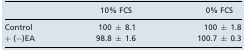
<table><thead><tr><td></td><td><b>10% FCS</b></td><td><b>0% FCS</b></td></tr></thead><tbody><tr><td>Control</td><td>100 ± 8.1</td><td>100 ± 1.8</td></tr><tr><td>+ (−)EA</td><td>98.8 ± 1.6</td><td>100.7 ± 0.3</td></tr></tbody></table>